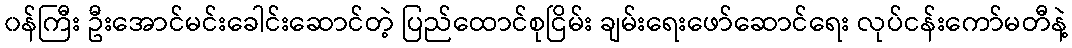
၀န်ကြီး ဦးအောင်မင်းခေါင်းဆောင်တဲ့ ပြည်ထောင်စုငြိမ်း ချမ်းရေးဖော်ဆောင်ရေး လုပ်ငန်းကော်မတီနဲ့